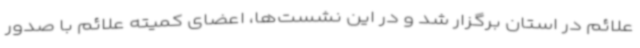
علائم در استان برگزار شد و در این نشست‌ها، اعضای کمیته علائم با صدور